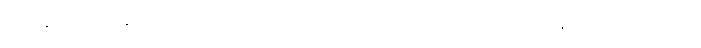
ထို့နောက် ဒင်နီယယ်တို့ အဖွဲ့သည် ပစ်ဂမီတို့၏ ဦးဆောင်မှုဖြင့် ဂွန်ဒါလာ စခန်းသို့